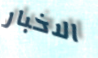
الاخبار